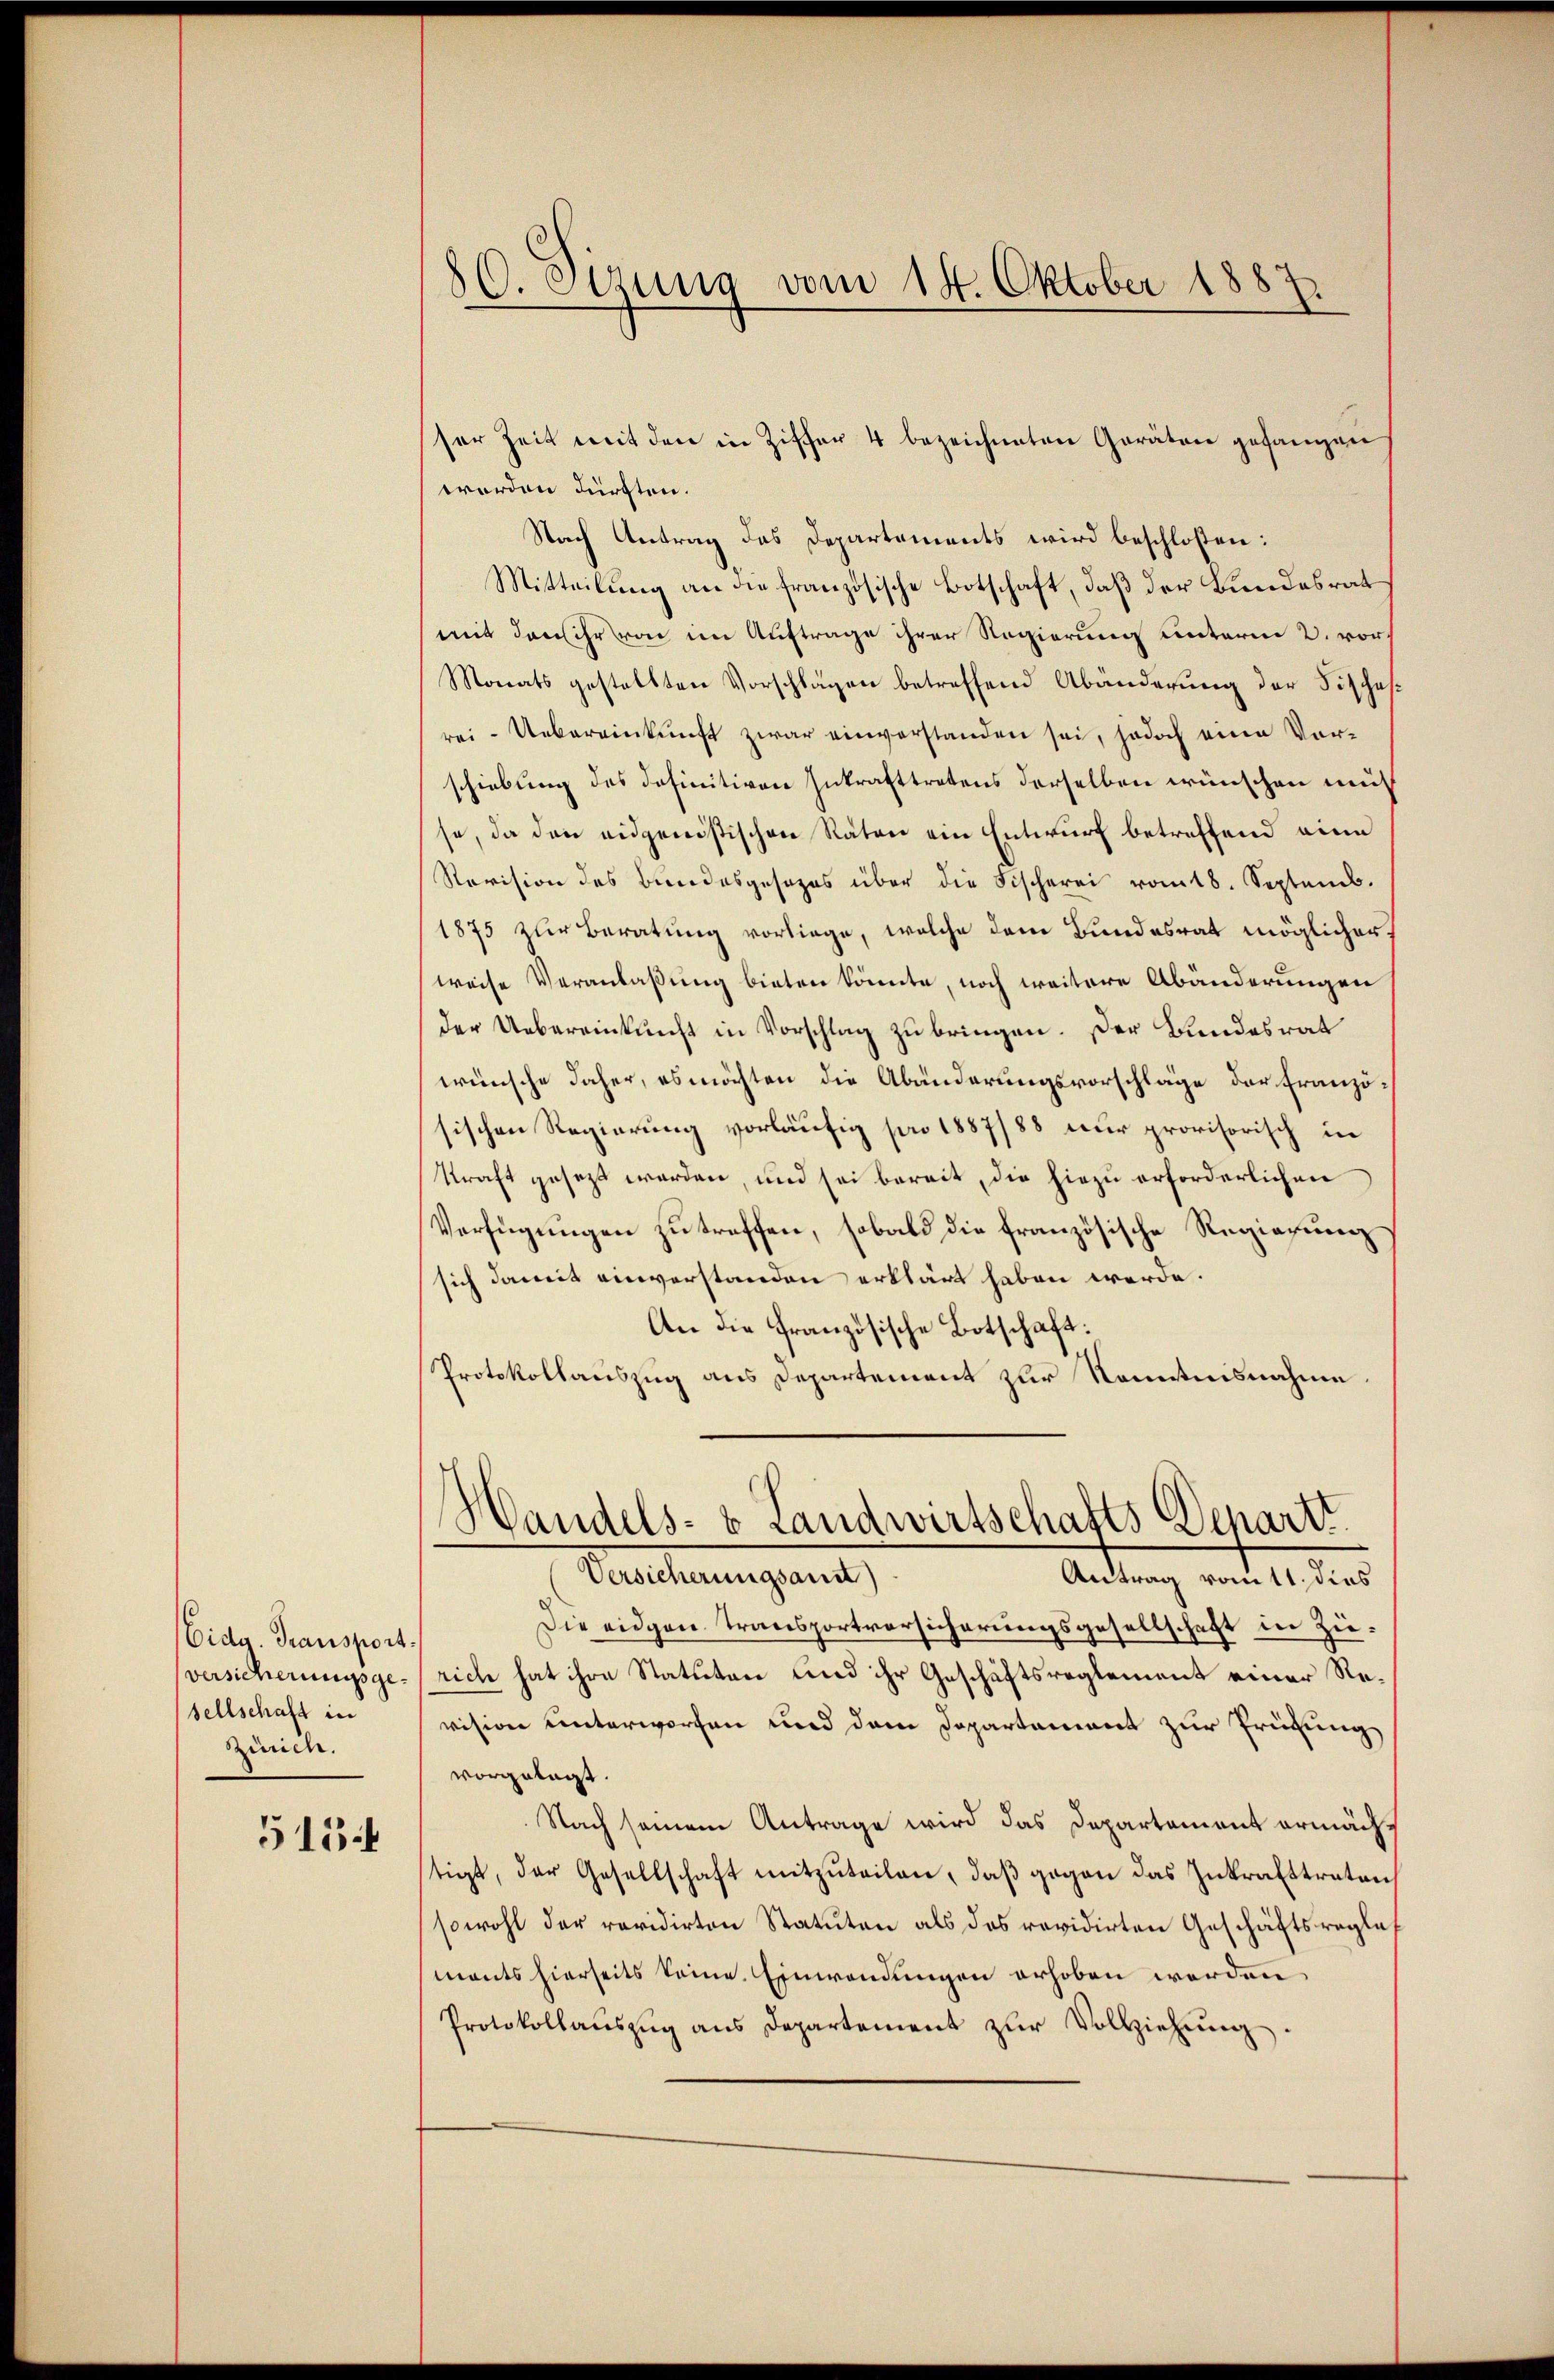
Eide Transport.
versicherungsgesellschaft in
ziren.

515.

50. Sizung vom 14. Oktober 1887.

ser Zeit mit den in Ziffer 4 bezeichneten Geräten gefangen
worden dürften.
Nach Antrag des Departements wird beschloßen:
Mitteilung an die französische Botschaft, daß der Bundesrat
(mit den ihr von im Auftrage ihrer Regierung unterm 2. vor¬
Monats gestellten Vorschlägen betreffend Abänderung der Fisches
rei-Uebereinkunft zwar einverstanden sei, jedoch eine Vorschiebung des definitiven Inkrafttretens derselben wünschen muß
se, da den eidgenössischen Räten ein Entwurf betreffend eine
Revision des Bundesgesezes über die Fischerei rotb. Septemb.
1875 zur Beratung vorliege, welche dem Bundesrat möglicher.
weise Veranlaßung bieten könnte, noch weitere Abänderungen
der Uebereinkunft in Vorschlag zu bringen. Der Bundesrat
wünsche daher, es möchten die Abänderungsvorschläge der Französischen Regierung vorläufig pro 1887/88 nur provisorisch in
Kraft gesezt werden, und sei bereit, die hiezu erforderlichen
Verfügungen zu treffen, sobald die französische Regierung
sich damit einverstanden erklärt haben werde.
An die französische Botschaft:
Protokollauszug aus Departement zur Kenntnisnahme
Handels- & Landwirtschafts Departi
Versicherungsanst
Antrag vom 11. dies
Die eidgen Transportversicherungsgesellschaft in Zürich hat ihre Statuten und ihr Geschäftsreglement einer Revision unterworfen und dem Departament zur Prüfung
vorgelegt.
Nach seinem Antrage wird das Departement ermächt
tigt, der Gesellschaft mitzuteilen, daß gegen das Inkrafttreten
sowohl der revidirten Statuten als das revidirten Geschäftsreglements hierseits keine Einwendungen erhoben werden,
Protokollaŭszŭg ans Departement zŭr Vollziehŭng.